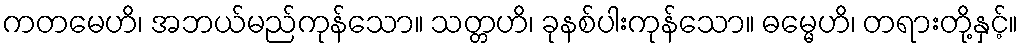
ကတမေဟိ၊ အဘယ်မည်ကုန်သော။ သတ္တဟိ၊ ခုနစ်ပါးကုန်သော။ ဓမ္မေဟိ၊ တရားတို့နှင့်။